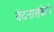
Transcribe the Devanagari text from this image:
वेदनासंवेदी